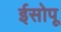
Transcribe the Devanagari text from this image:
ईसोपू